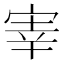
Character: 𫳐